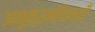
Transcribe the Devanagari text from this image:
अनुक्रमणिकाएँ